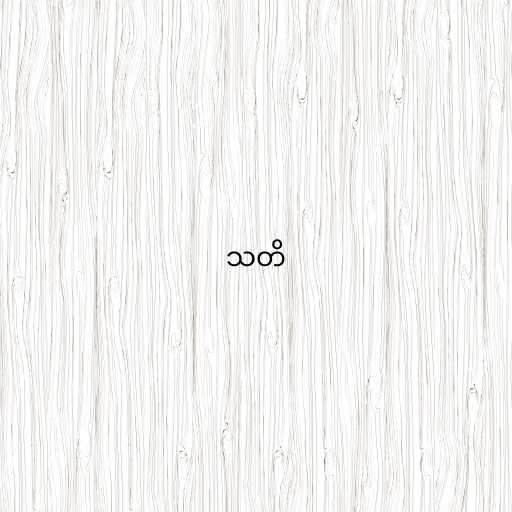
သတိ